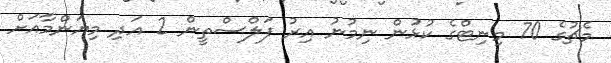
މެޗުގެ 70 މިނިޓްގެ ކުޅުން ނިމުނު އިރު ފަލްސްތީން 2 އަދި މިޔަންމާއަށް